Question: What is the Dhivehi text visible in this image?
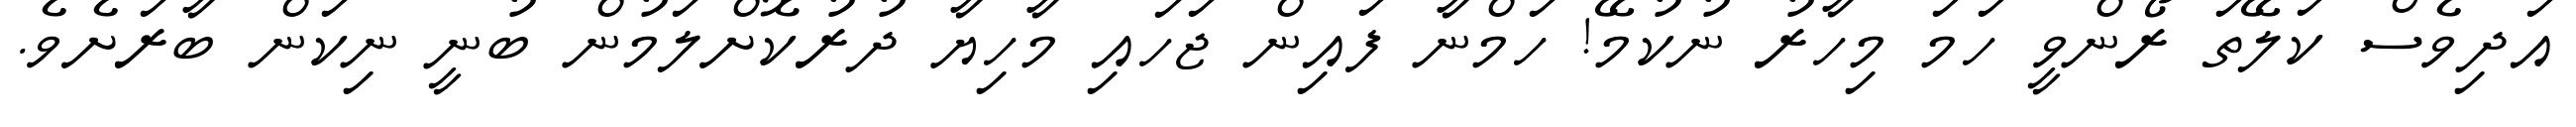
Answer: އަދިވެސް ކަލޭތަ ރޯންވީ ހަމަ މިހާރު ނުކުމޭ! ހަމްނާ ފައިން ޖަހައި މާހިޔާ ދުރުކޮށްލަމުން ބުނީ ނިކަން ބާރަށެވެ.